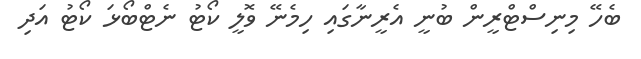
ބެހޭ މިނިސްޓްރީން ބުނީ އެރީނާގައި ހިމެނޭ ވޮލީ ކޯޓު ނެޓްބޯޅަ ކޯޓު އަދި